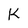
Character: K